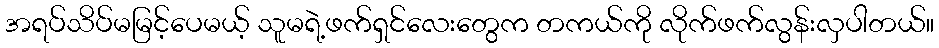
အရပ်သိပ်မမြင့်ပေမယ့် သူမရဲ့ဖက်ရှင်လေးတွေက တကယ်ကို လိုက်ဖက်လွန်းလှပါတယ်။